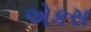
એકસ